Vaccination in Burma 1920-1933 - 1920-1933
Year: 1920
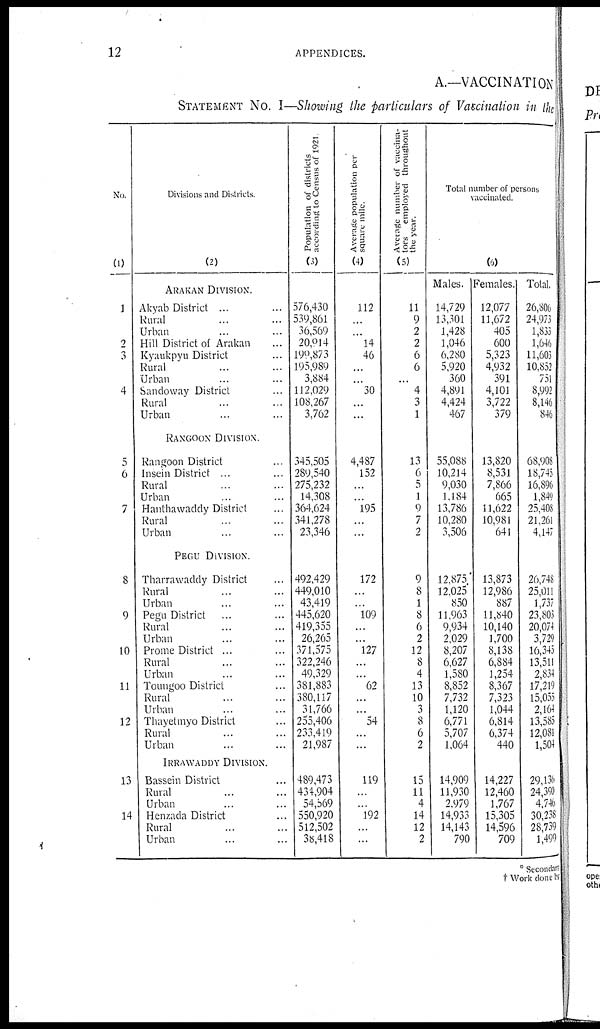
12
APPENDICES.
A.—VACCINATION
STATEMENT No. I—Showing the particulars of Vaccination in the
No.
(1)
1
2
3
4
5
6
7
8
9
10
11
12
13
14
Divisions and Districts.
(2)
ARAKAN DIVISION.
Akyab District ... ...
Rural ... ...
Urban ... ...
Hill District of Arakan ...
Kyaukpyu District ...
Rural ... ...
Urban ... ...
Sandoway District ...
Rural ... ...
Urban ... ...
RANGOON DIVISION.
Rangoon District ...
Insein District ... ...
Rural ... ...
Urban ... ...
Hanthawaddy District ...
Rural ... ...
Urban ... ...
PEGU DIVISION.
Tharrawaddy District ...
Rural ... ...
Urban ... ...
Pegu District ... ...
Rural ... ...
Urban ... ...
Prome District ... ...
Rural ... ...
Urban ... ...
Toungoo District ...
Rural ... ...
Urban ... ...
Thayetmyo District ...
Rural ... ...
Urban ... ...
IRRAWADDY DIVISION.
Bassein District ...
Rural ... ...
Urban ... ...
Henzada District ...
Rural ... ...
Urban ... ...
Population of districts
according to Census of 1921
(3)
576,430
539,861
36,569
20,014
190,873
195,989
3,884
112,029
108,267
3,762
345,505
289,540
275,232
14,308
364,624
341,278
23,346
492,429
449,010
43,419
445,620
419,355
26,265
371,575
322,246
49,329
381,883
380,117
31,766
255,406
233,419
21,987
489,473
434,904
54,569
550,920
512,502
38,4l8
Average population per
square mile.
(4)
112
...
...
14
46
...
...
30
...
...
4,487
152
...
...
195
...
...
172
...
...
109
...
...
127
...
...
62
...
...
54
...
...
119
...
...
192
...
...
Average number of vaccina-
tors employed throughout
the year.
(5)
11
9
2
2
6
6
...
4
3
1
13
6
5
1
9
7
2
9
8
1
8
6
2
12
8
4
13
10
3
8
6
2
15
11
4
14
12
2
Total number of persons
vaccinated.
(6)
Males.
14,729
13,301
1,428
1,046
6,280
5,920
360
4,891
4,424
467
55,088
10,214
9,030
1,184
13,786
10,280
3,506
12,875
12,025
850
11,963
9,934
2,029
8,207
6,627
1,580
8,852
7,732
1,120
6,771
5,707
1,064
14,909
11,930
2,979
14,933
14,143
790
Females.
12,077
11,672
405
600
5,323
4,932
391
4,101
3,722
379
13,820
8,531
7,866
665
11,622
10,981
641
13,873
12,986
887
11,840
10,140
1,700
8,138
6,884
1,254
8,367
7,323
1,044
6,814
6,374
440
14,227
12,460
1,767
15,305
14,596
709
Total.
26,806
24,973
1,833
1,646
11,603
10,852
751
8,992
8,146
846
68,908
18,745
16,896
1,849
25,408
21,261
4,147
26,748
25,011
1,737
23,803
20,074
3,729
16,345
13,511
2,834
17,219
15,055
2,164
13,585
12,081
1,504
29,136
24,390
4,746
30,238
28,739
1,499
* Secondary
† Work done by